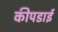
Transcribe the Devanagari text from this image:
कीपडाई